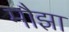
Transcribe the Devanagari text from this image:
मौझा